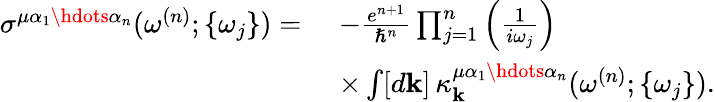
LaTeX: \begin{array}{rl}{\sigma^{\mu\alpha_{1}\hdots\alpha_{n}}(\omega^{(n)};\{ \omega_{j}\} )=\, \, }&{-\frac{e^{n+1}}{\hslash^{n}}\prod_{j=1}^{n}\left(\frac{1}{i\omega_{j}}\right)}\\ &{\times\int[d\mathbf{k}]\, \kappa_{\mathbf{k}}^{\mu\alpha_{1}\hdots\alpha_{n}}(\omega^{(n)};\{ \omega_{j}\} )\mathrm{.}}\end{array}